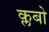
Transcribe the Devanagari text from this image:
क्लबो